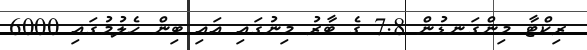
ރިކްޓާ މިންގަނޑުން 7.8 ގެ ބާރު މިނުގައި އައި ބިން ހެލުމުގައި 6000